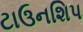
ટાઉનશિપ